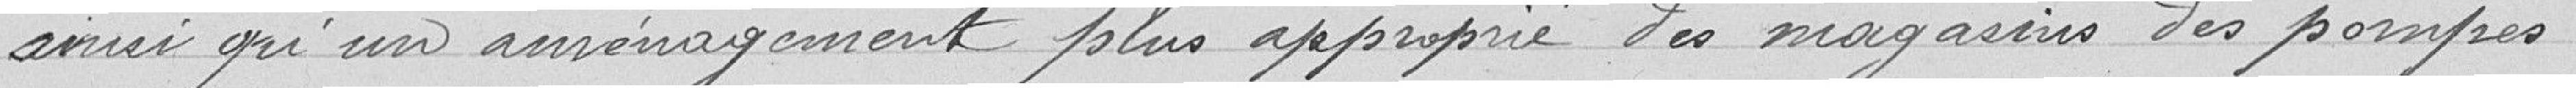
ainsi qu'un aménagement plus approprié des magasins des pompes